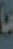
ما